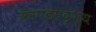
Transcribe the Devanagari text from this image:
कापडसदृश्य